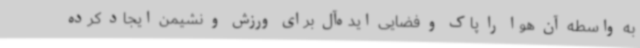
به واسطه آن هوا را پاک و فضایی ایده‌آل برای ورزش و نشیمن ایجاد کرده